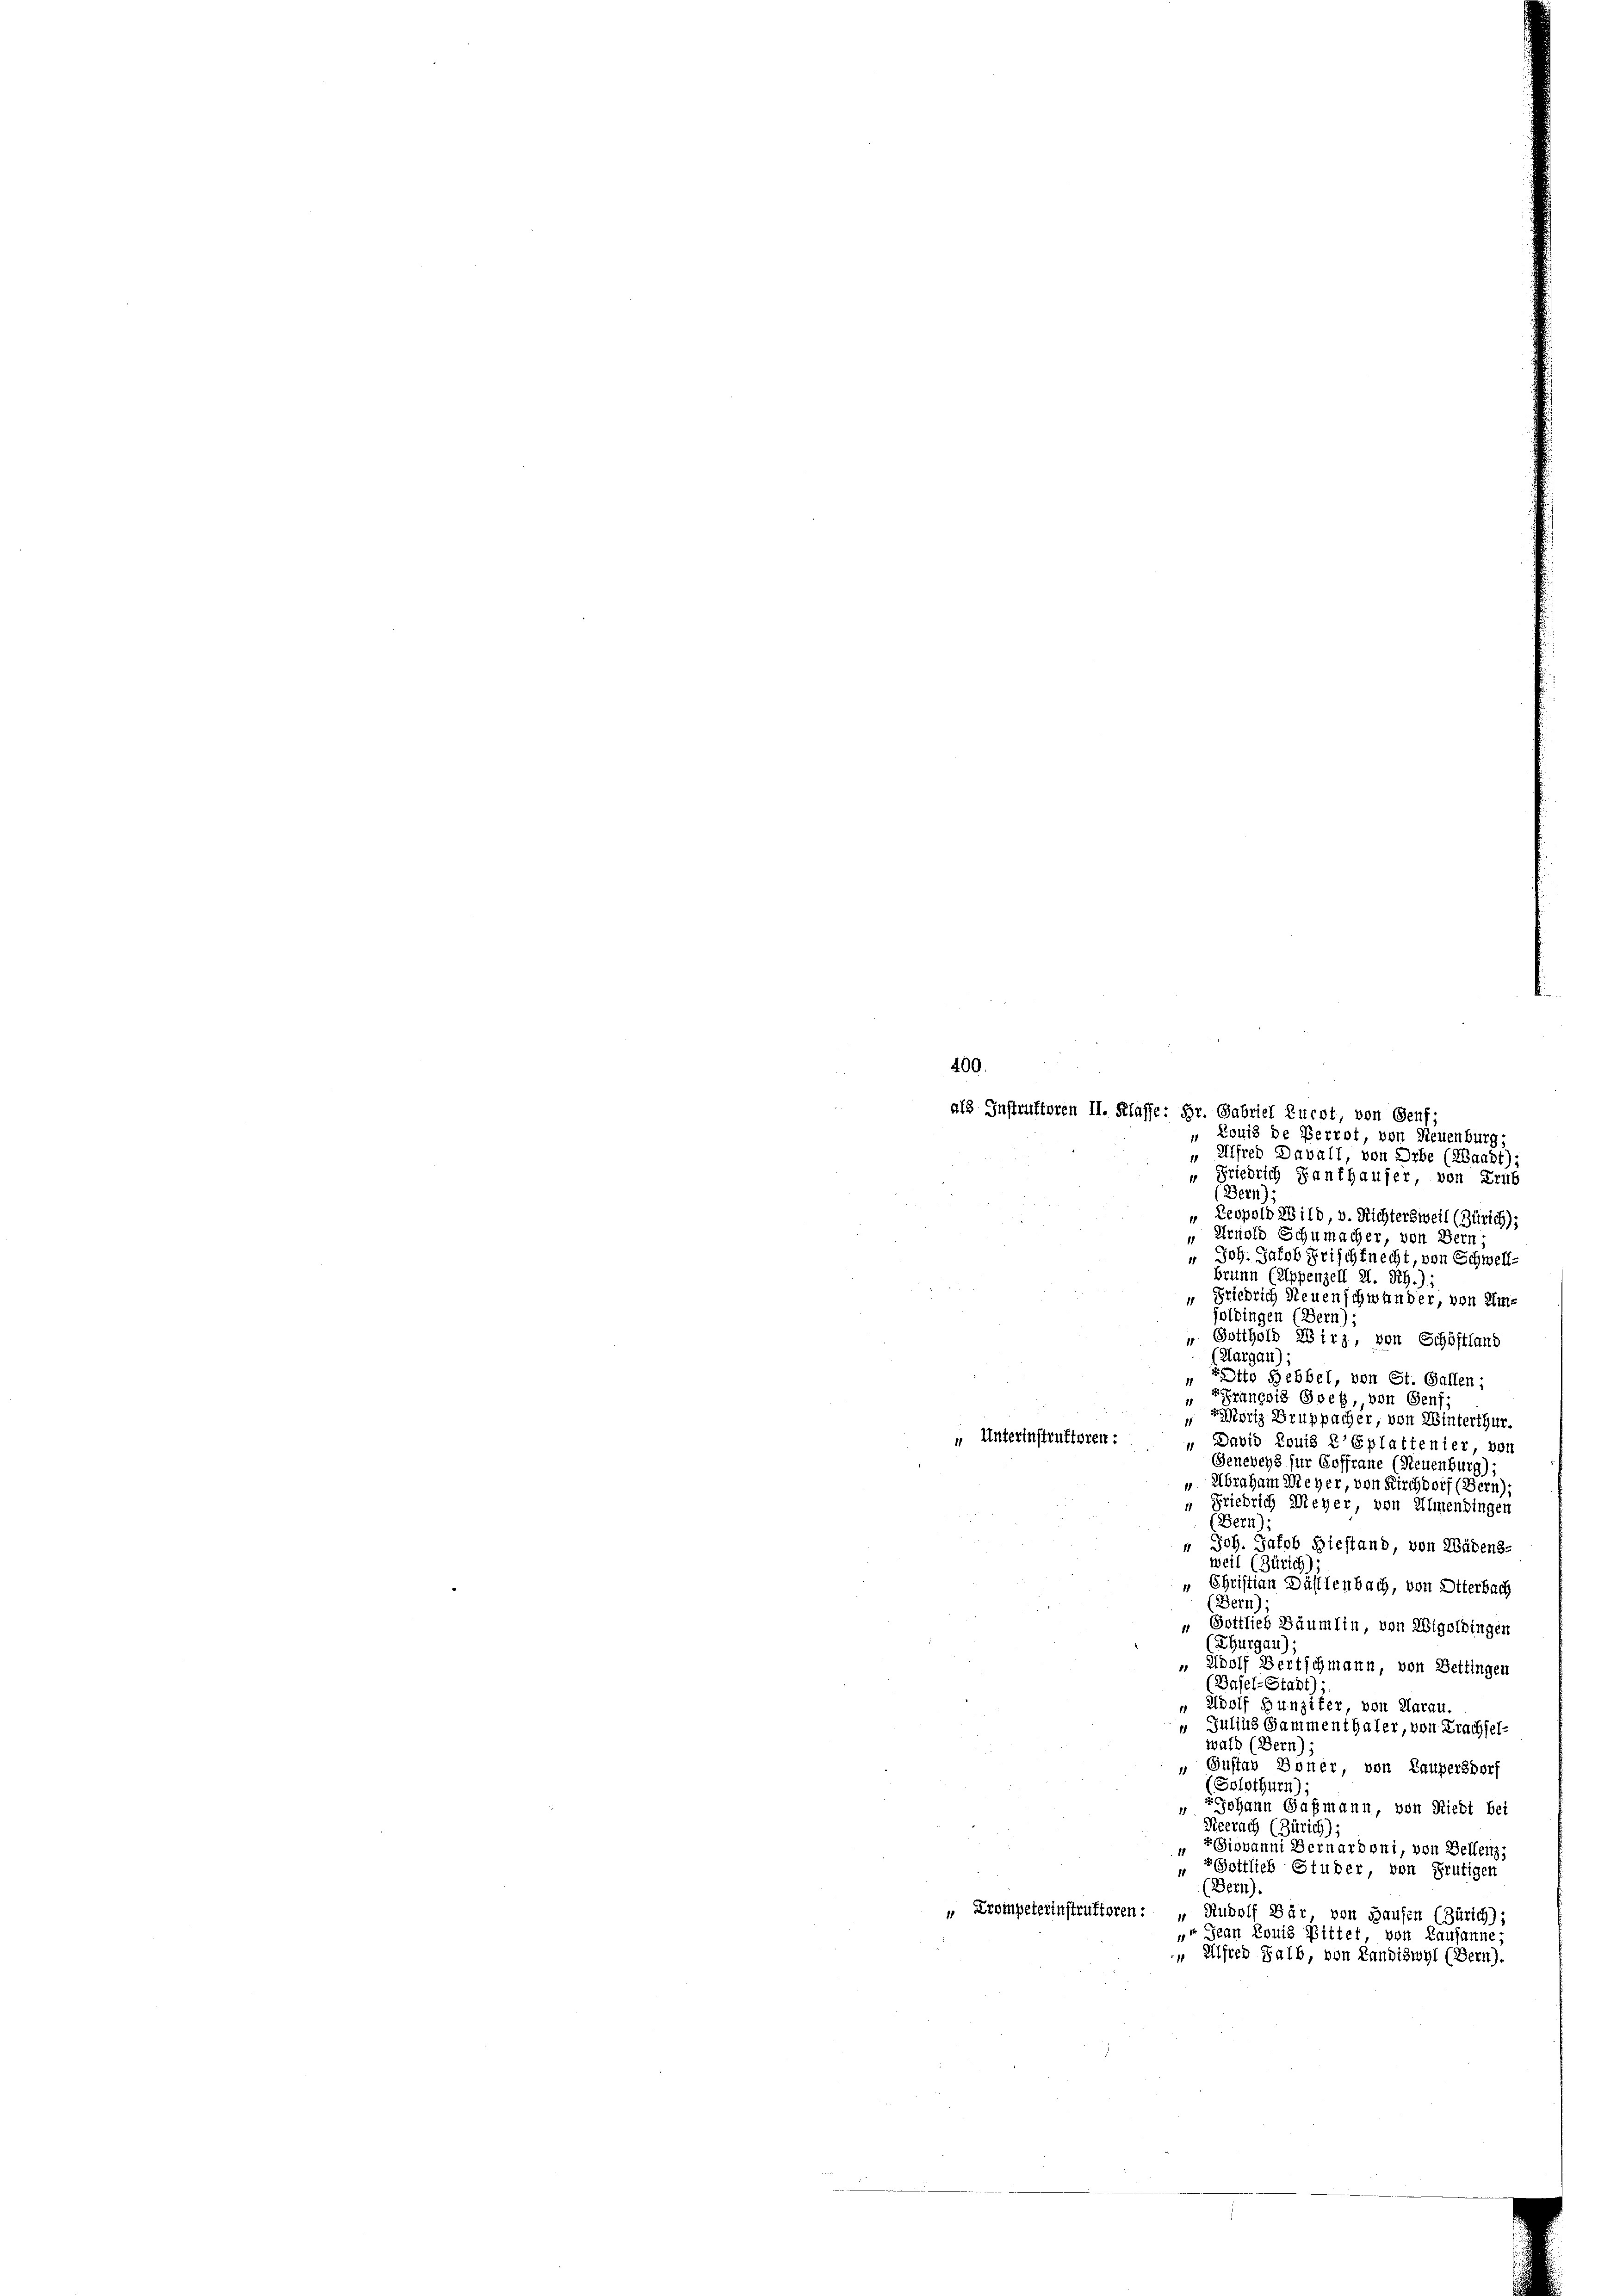
400.
als Instruktoren II. Klaffe: Hr. Gabriel Zucht, von Genf;
„ Louis de Perrot, von Neuenburg,
Alfred Davall, von Orbe (RBaadt):
 Friedrich Kauthauser, von Trub

Bern):
" Leopold Wild, v. Richtersweil (Zürich);
" Arnold Schumacher, von Bern
" Joh. Jakob Frischknecht, von Schwellbrunn (Appenzell A. Rh.);
“ Friedrich Neuenschwunder, von Umjoldingen (Bern);
" Gotthold Wirz, von Schöftland
(Aargau);
 Otto Hebbel, von St. Gallen;
" François Goet, von Genf;
"Moriz Bruppacher, von Winterthur.
1
" Unterinstruktoren:
" David Louis l'Eplattenier, von
Geneveyz für Goffrane (Neuenburg)
" Abraham Meyer, von Kirchdorf (Bern):
Friedrich Meyer, von Almendingen
 (Bern):
“ Joh. Jakob Hiestand, von Wädens-
weil (Zürich
Christian Dähltenbach, von Otterbach
(Bern);
" Gottlieb Bäumlin, von Wigoldingen
Thurgau);
„ Adolf Bertschmann, von Bettingen
(Basel-Stadt):
 Adolf Hunzifer, von Aarau.
“ Gullus Sammenthaler, von Prachsel-
wald (Bern)
 Gustav Boner von Laupersdorf
(Solothurn);
Johann Gaßmann, von Riedt bei
1
Neerach (Zürich),
 Giovanni Bernarboni, von Bellenz,
11
Gottlieb Studer von Frutigen
11
(Bern).
"Krompeterinstruktoren: „Rudolf Bär von Hausen (Zürich) ;
 Jean Louis Bittet, von Lausanne;
 Alfred Salb, von Landiswyl (Bern).